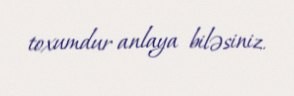
toxumdur anlaya biləsiniz.